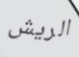
الريش